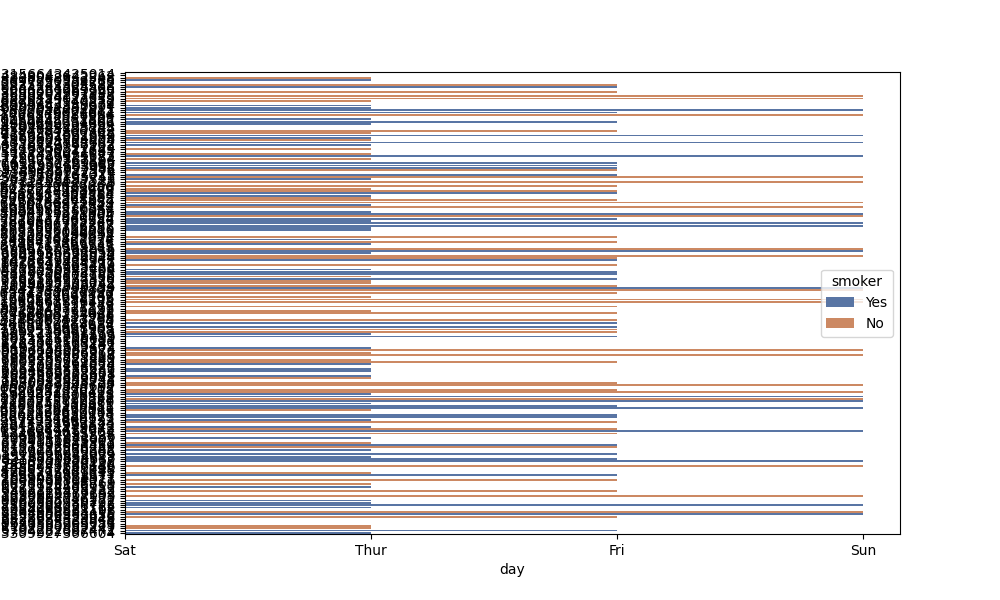
python, seaborn, barplot, hue='smoker', palette='deep', ci=95, orient='h'